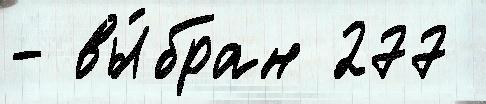
- вы́бран 277